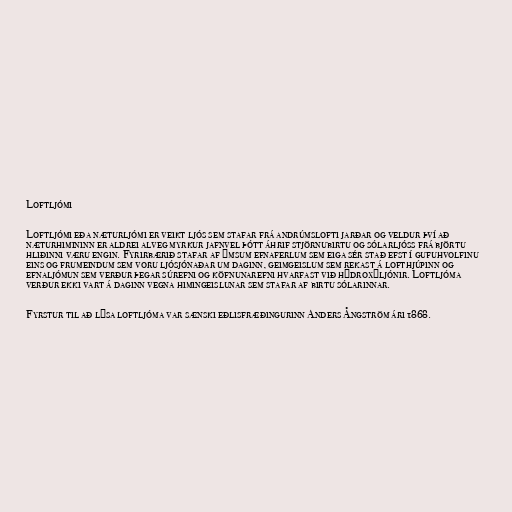
Loftljómi

Loftljómi eða næturljómi er veikt ljós sem stafar frá andrúmslofti jarðar og veldur því að
næturhimininn er aldrei alveg myrkur jafnvel þótt áhrif stjörnubirtu og sólarljóss frá björtu
hliðinni væru engin. Fyrirbærið stafar af ýmsum efnaferlum sem eiga sér stað efst í gufuhvolfinu
eins og frumeindum sem voru ljósjónaðar um daginn, geimgeislum sem rekast á lofthjúpinn og
efnaljómun sem verður þegar súrefni og köfnunarefni hvarfast við hýdroxýljónir. Loftljóma
verður ekki vart á daginn vegna himingeislunar sem stafar af birtu sólarinnar.

Fyrstur til að lýsa loftljóma var sænski eðlisfræðingurinn Anders Ångström ári 1868.